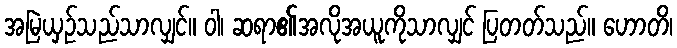
အမြဲယှဉ်သည်သာလျှင်။ ဝါ၊ ဆရာ၏အလိုအယူကိုသာလျှင် ပြတတ်သည်။ ဟောတိ၊